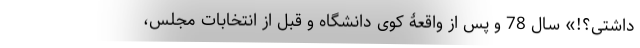
داشتى؟!» سال 78 و پس از واقعۀ کوی دانشگاه و قبل از انتخابات مجلس،